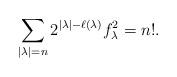
LaTeX: \begin{align*}\sum_{|\lambda|=n} {2^{|\lambda|-\ell(\lambda)}f_{\lambda}^2} = n!.\end{align*}